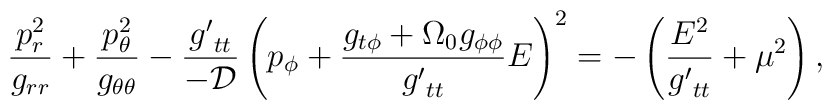
\frac{p_r^2}{g_{rr}} + \frac{p_\theta^2}{g_{\theta \theta}} -        \frac{ {g'}_{tt}}{- \cal D} \left(          p_\phi + \frac{g_{t \phi }  +          \Omega_0 g_{\phi \phi}}{{g'}_{tt}} 	 E     \right)^2    =  - \left(              \frac{ E^2  }{  {g'}_{tt}}              + \mu^2 \right),